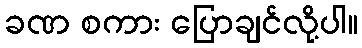
ခဏ စကား ပြောချင်လို့ပါ။